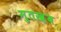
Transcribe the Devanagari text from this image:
मुतख़ब